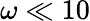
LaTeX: \omega\ll 10